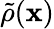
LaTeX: \tilde{\rho}(\mathbf x)